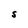
Character: S